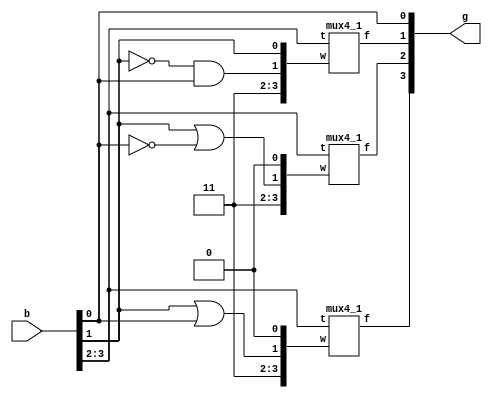
module prog4 (b, g);
	input [3:0] b;
	output [3:0] g;
	wire [3:0] w0, w1, w2;
	wire [1:0] m;
	assign m[1] = b[3], m[0] = b[2];
	assign w2[0] = 0, w2[1] = b[1]|b[0], w2[2] = 1, w2[3] = 1;
	assign w1[0] = 0, w1[1] = b[1]|(~b[0]), w1[2] = 1, w1[3] = 1;
	assign w0[0] = b[1], w0[1] = ~(b[1])&b[0], w0[2] = 1, w0[3] = 1;
	mux4_1 m0 (w2, m, g[3]);
	mux4_1 m1 (w1, m, g[2]);
	mux4_1 m2 (w0, m, g[1]);
	assign g[0] = b[0];
endmodule

module mux4_1 (w, t, f);
input [3:0] w;
input [1:0] t;
output f;
reg f;
always @(w or t)
	if(t == 0)
		f = w[0];
	else if (t == 1)
		f = w[1];
	else if (t == 2)
		f = w[2];
	else
		f = w[3];
endmodule